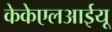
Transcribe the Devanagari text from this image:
केकेएलआईयू